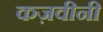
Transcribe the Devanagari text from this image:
कज़वीनी